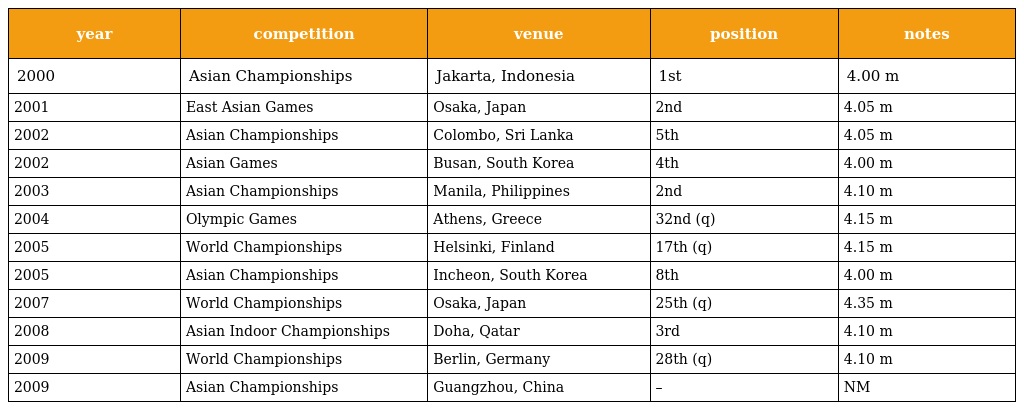
| year | competition | venue | position | notes |
 | --- | --- | --- | --- | --- |
 | 2000 | Asian Championships | Jakarta, Indonesia | 1st | 4.00 m |
 | 2001 | East Asian Games | Osaka, Japan | 2nd | 4.05 m |
 | 2002 | Asian Championships | Colombo, Sri Lanka | 5th | 4.05 m |
 | 2002 | Asian Games | Busan, South Korea | 4th | 4.00 m |
 | 2003 | Asian Championships | Manila, Philippines | 2nd | 4.10 m |
 | 2004 | Olympic Games | Athens, Greece | 32nd (q) | 4.15 m |
 | 2005 | World Championships | Helsinki, Finland | 17th (q) | 4.15 m |
 | 2005 | Asian Championships | Incheon, South Korea | 8th | 4.00 m |
 | 2007 | World Championships | Osaka, Japan | 25th (q) | 4.35 m |
 | 2008 | Asian Indoor Championships | Doha, Qatar | 3rd | 4.10 m |
 | 2009 | World Championships | Berlin, Germany | 28th (q) | 4.10 m |
 | 2009 | Asian Championships | Guangzhou, China | – | NM |